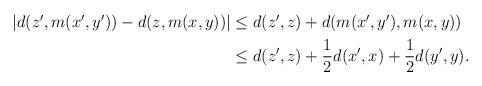
LaTeX: \begin{align*}\begin{aligned}|d(z', m(x', y'))-d(z, m(x, y))|&\le d(z', z)+d(m(x', y'), m(x, y)) \\&\le d(z', z)+{1 \over 2}d(x', x)+{1 \over 2}d(y', y).\end{aligned}\end{align*}